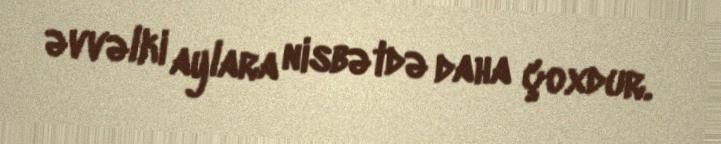
əvvəlki aylara nisbətdə daha çoxdur.